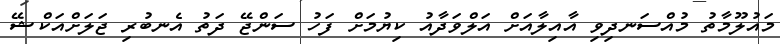
މައުލޫމާތު މުއްސަނދިވި އާއިލާއަށް އަލްވަދާއު ކިޔުމަށް ފަހު ސަންޖޭ ދަތު އެނބުރި ޖަލަށްއަކްޝޭ